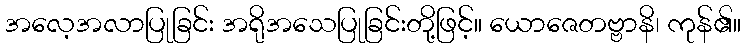
အလေ့အလာပြုခြင်း အရိုအသေပြုခြင်းတို့ဖြင့်။ ယောဇေတဗ္ဗာနိ၊ ကုန်၏။